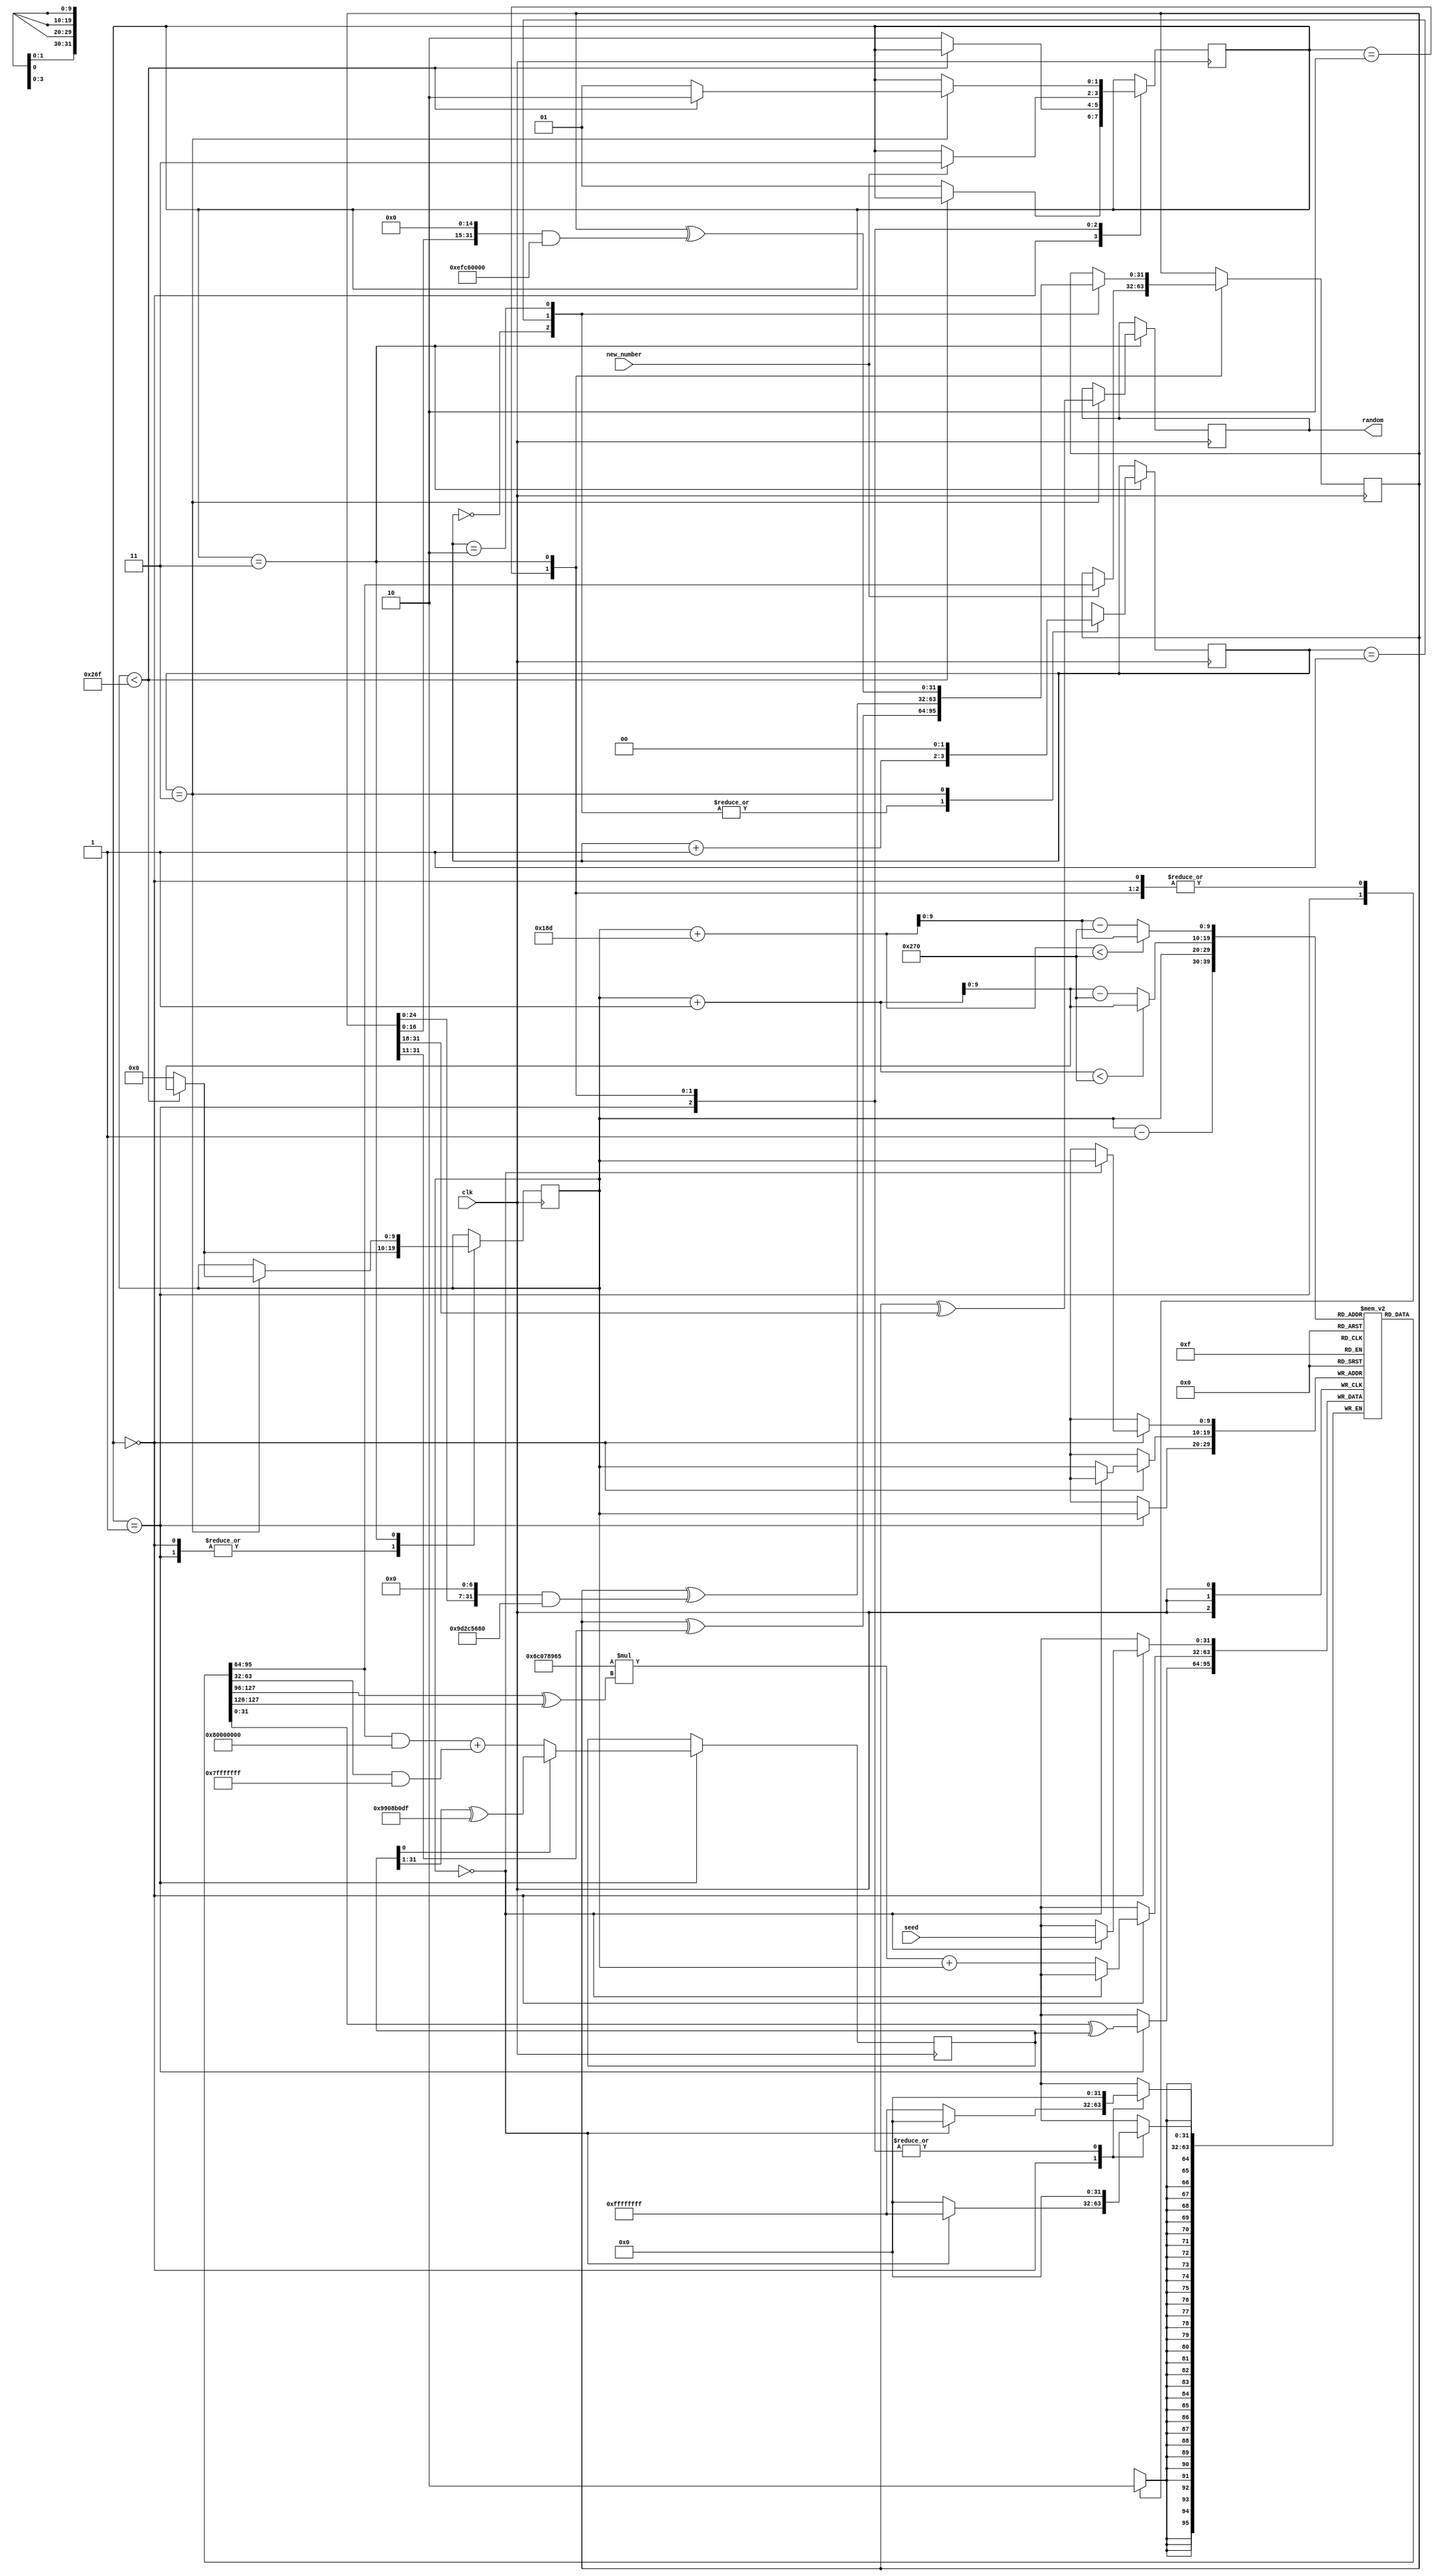
`timescale 1ns / 1ps
//////////////////////////////////////////////////////////////////////////////////
// Company: 
// Engineer: 
// 
// Design Name: 
// Module Name: rng
// Project Name: 
// Target Devices: 
// Tool Versions: 
// Description: 
// 
// Dependencies: 
// 
// Revision:
// Revision 0.01 - File Created
// Additional Comments:
// 
//////////////////////////////////////////////////////////////////////////////////


module rng
    #(parameter SEED=0,
    TWIST=1,
    WAIT=2,
    GEN=3,
    N=624,
    LG_N = 10,
    W = 32,
    F=32'd1812433253,
    A=32'h9908B0DF,
    M= 397,
    UPPER_MASK = 32'h80000000,
    LOWER_MASK = 32'h7fffffff)
    (input [31:0] seed,
    input clk,
    input new_number,
    output reg [31:0] random=0
    );
    
    reg [1:0] state = SEED;
    reg [W-1:0] mt [N-1:0];
    reg [LG_N-1:0] i = 0;
    reg [W-1:0] x = 0;
    reg [W-1:0] temp = 0;
    reg [1:0] step = 0;
    
    always @ (posedge clk) begin
        case (state) 
            SEED: begin
                if (i == 0)
                    mt[i] <= seed;
                else begin 
                    mt[i] <= (F * (mt[i-1] ^ (mt[i-1] >> (W-2))) + i);
                end
                if (i<623) begin
                    i<=i+1;
                end else begin
                    state <= TWIST;
                    i<=0;
                end
            end
            TWIST: begin
                x <= (mt[i] & UPPER_MASK)
                               + (mt[(i+1<N)?i+1:i+1-N] & LOWER_MASK);
                if (x[0] == 1) begin // lowest bit of x is 1
                    x <= x>>1 ^ A;
                end
                mt[i] <= mt[((i + M)<N) ? i+M : i+M-N] ^ x;
                if (i<623) begin
                    i<=i+1;
                end else begin
                    state <= WAIT;
                    i<=0;
                end
            end
            WAIT: begin
                if(new_number) begin
                    state <= GEN;
                    temp <= mt[i];
                end
            end
            GEN: begin
                case (step)
                    0: begin
                        // Right shift by 11 bits
                        temp <= temp ^ (temp >> 11);
                        step<=step+1;
                    end
                    1: begin
                        //Shift y left by 7 and take the bitwise and of 2636928640
                        temp <= temp ^ ((temp << 7) & 32'h9D2C5680);
                        step<=step+1;
                    end
                    2: begin
                        // Shift y left by 15 and take the bitwise and of y and 4022730752
                        temp <= temp ^ ((temp << 15) & 32'hEFC60000);
                        step<=step+1;
                    end
                    3: begin
                        // Right shift by 18 bits
                        random <= temp ^ (temp >> 18);
                        step<=0;
                        if (i<623) begin
                            i<=i+1;
                            state<=WAIT;
                        end else begin
                            state <= TWIST;
                            i<=0;
                        end
                    end
                endcase
            end
        endcase
    end
endmodule